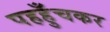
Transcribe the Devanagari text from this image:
पहहुँचकर